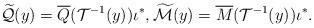
LaTeX: \begin{align*} \widetilde{{\cal{Q}}}(y)= \overline{Q}({\cal{T}}^{-1}(y))\iota^*, \widetilde{{\cal{M}}}(y)=\overline{M}({\cal{T}}^{-1}(y))\iota^*.\end{align*}